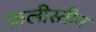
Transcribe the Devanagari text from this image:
फ़लीस्तीन